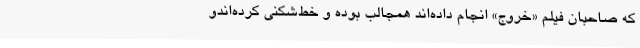
که صاحبان فیلم «خروج» انجام داده‌اند همجالب بوده و خط‌شکنی کرده‌اندو